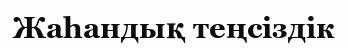
Жаһандық теңсіздік